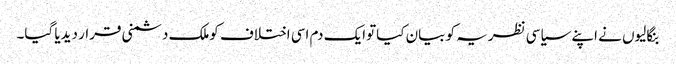
بنگالیوں نے اپنے سیاسی نظریہ کو بیان کیاتوایک دم اسی اختلاف کوملک دشمنی قرار دیدیا گیا۔